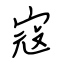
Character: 寇